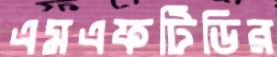
এমএফটিডির